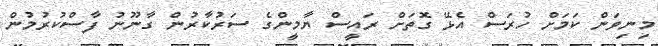
މިނިވަން ކަމަށް ހުރަސް އެޅޭ ގޮތަށް ރައީސް ޔާމީންގެ ސަރުކާރުން ގާނޫނު ފާސްކުރުމުން